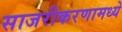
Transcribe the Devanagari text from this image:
साजरीकरणामध्ये